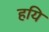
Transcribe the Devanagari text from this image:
हयि